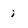
Character: i